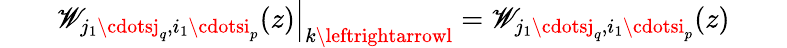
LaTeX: \qquad\left.\mathscr{W}_{j_{1}\cdotsj_{q},i_{1}\cdotsi_{p}}(z)\right|_{k\leftrightarrowl}=\mathscr{W}_{j_{1}\cdotsj_{q},i_{1}\cdotsi_{p}}(z)\qquad